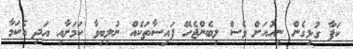
ކަޕާ ގުޅިގެން ނިއުއަށް ވެސް ލިބެންޖެހޭ ފައިސާތަކެއް ނުލިބިވާ ކަމަށާއި އަދި އެކަމާ